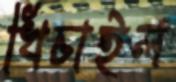
খিচাইল